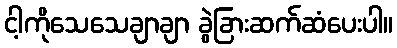
ငါ့ကိုသေသေချာချာ ခွဲခြားဆက်ဆံပေးပါ။